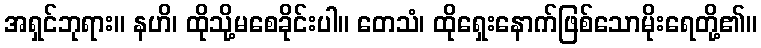
အရှင်ဘုရား။ နဟိ၊ ထိုသို့မစေခိုင်းပါ။ တေသံ၊ ထိုရှေးနောက်ဖြစ်သောမိုးရေတို့၏။